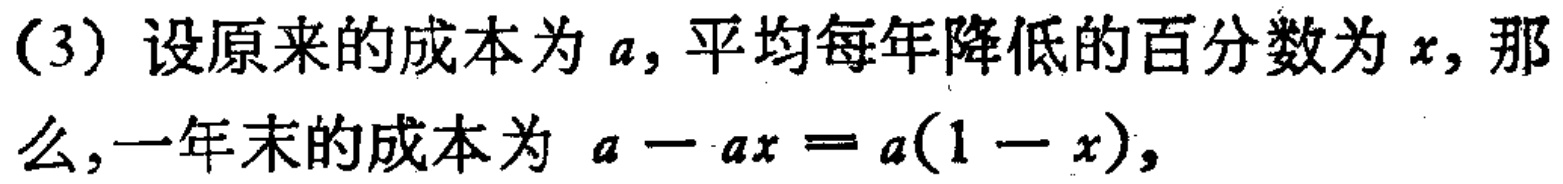
(3) 设原来的成本为 \(a\), 平均每年降低的百分数为 \(x\), 那么, 一年末的成本为 \(a - ax = a(1 - x)\),